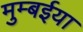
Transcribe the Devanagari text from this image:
मुम्बईया